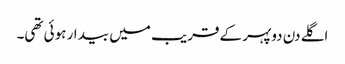
اگلے دن دوپہر کے قریب میں بیدار ہوئی تھی۔